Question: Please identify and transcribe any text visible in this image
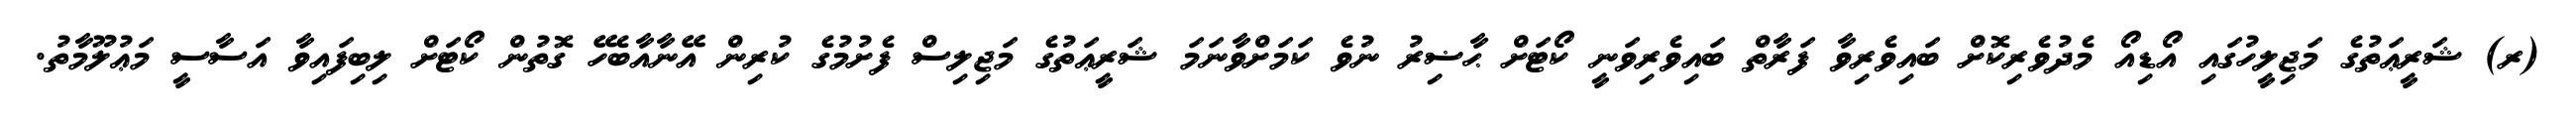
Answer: (ރ) ޝަރީޢަތުގެ މަޖިލީހުގައި އޯޑިއޯ މެދުވެރިކޮށް ބައިވެރިވާ ފަރާތް ބައިވެރިވަނީ ކޯޓަށް ޙާޟިރު ނުވެ ކަމަށްވާނަމަ ޝަރީޢަތުގެ މަޖިލިސް ފެށުމުގެ ކުރިން އޭނާއާބެހޭ ގޮތުން ކޯޓަށް ލިބިފައިވާ އަސާސީ މަޢުލޫމާތު.